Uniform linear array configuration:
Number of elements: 64
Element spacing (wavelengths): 0.75
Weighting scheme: binomial
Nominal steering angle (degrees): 45
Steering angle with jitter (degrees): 46.507
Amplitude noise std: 0.05
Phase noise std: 0.05

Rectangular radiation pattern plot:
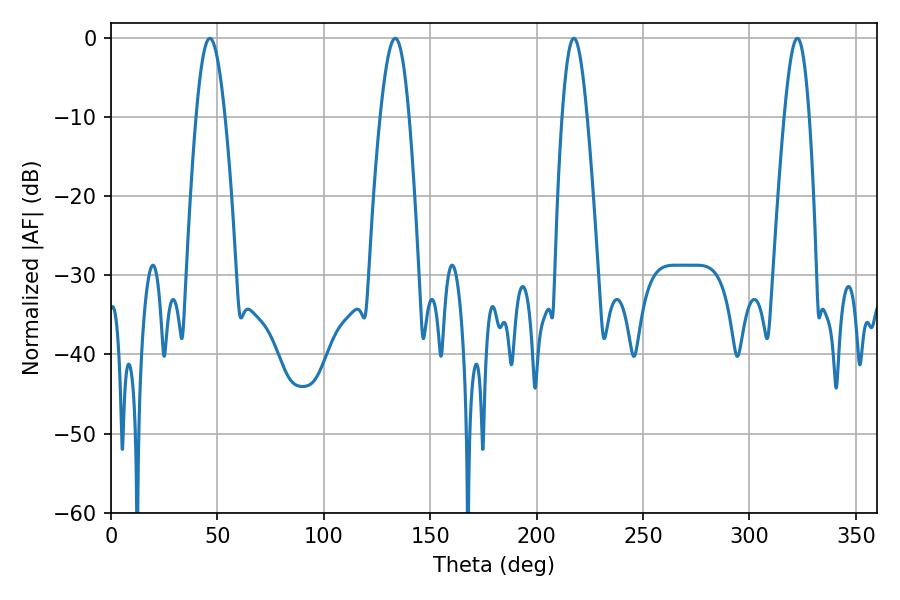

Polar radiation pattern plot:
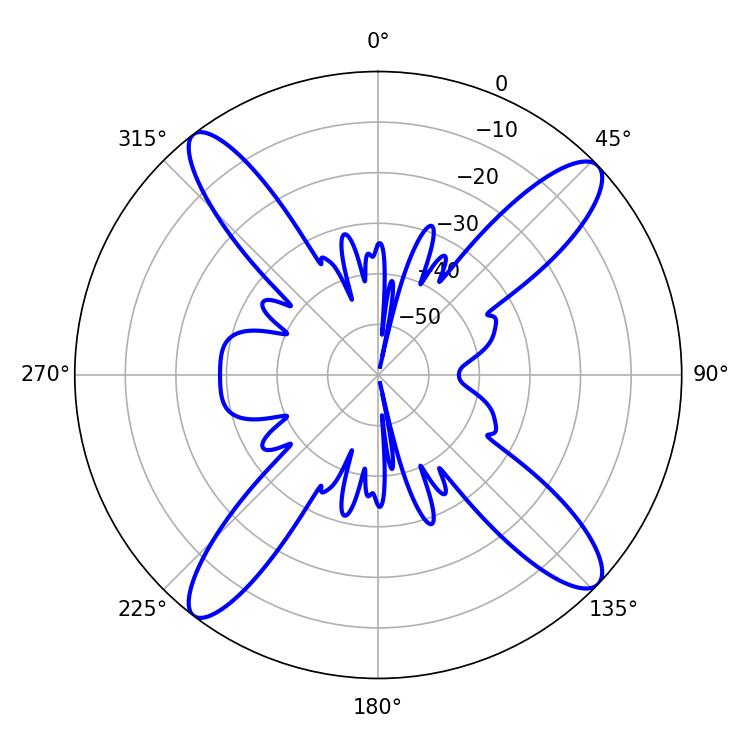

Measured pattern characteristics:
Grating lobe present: TRUE
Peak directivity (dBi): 15.698
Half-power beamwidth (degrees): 7.38
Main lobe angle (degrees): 46.44